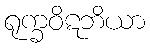
ရုက္ခဝိဋဘိယာ